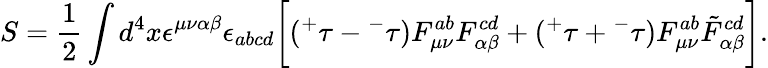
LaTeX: S=\frac{1}{2}\int d^{4}x\epsilon^{\mu\nu\alpha\beta}\epsilon_{abcd}\bigg[({^+}\tau-{^-}\tau)F_{\mu\nu}^{ab}F_{\alpha\beta}^{cd}+({^+}\tau+{^-}\tau)F_{\mu\nu}^{ab}\tilde{F}_{\alpha\beta}^{cd}\bigg].